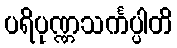
ပရိပုဏ္ဏသင်္ကပ္ပါတိ